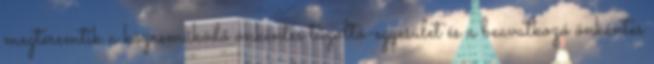
megteremtik a közreműködő önkéntes tűzoltó-egyesület és a beavatkozó önkéntes